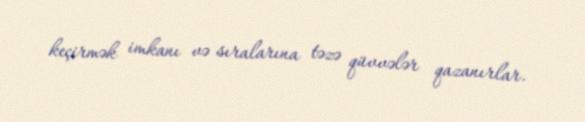
keçirmək imkanı və sıralarına təzə qüvvələr qazanırlar.